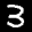
Label: 3